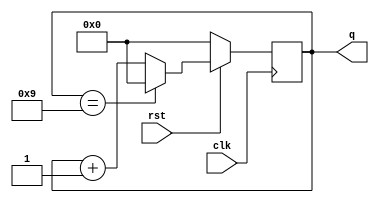
`timescale 1ns / 1ps
//////////////////////////////////////////////////////////////////////////////////
// Company: 
// Engineer: 
// 
// Design Name: 
// Module Name:    BCD_UpCounter 
// Project Name: 
// Target Devices: 
// Tool versions: 
// Description: 
//
// Dependencies: 
//
// Revision: 
// Revision 0.01 - File Created
// Additional Comments: 
//
//////////////////////////////////////////////////////////////////////////////////
module BCD_UpCounter(clk,rst,q);
input clk,rst;
output reg [3:0]q;
//reg dclk;
//reg [22:0] cnt=23'd0;

always@(posedge clk)
//begin
//cnt=cnt+1;
//dclk=cnt[22];
//end
//always@(posedge dclk)
begin
if(!rst)
	q=4'd0;
else if(q==4'd9)
	q=4'd0;
else
	q=q+1;
end
endmodule